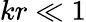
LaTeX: kr\ll 1